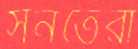
সনতেরা